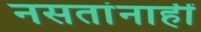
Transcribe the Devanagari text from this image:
नसतांनाहीं